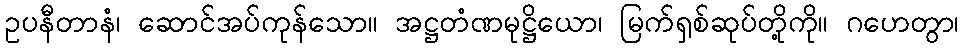
ဥပနီတာနံ၊ ဆောင်အပ်ကုန်သော။ အဋ္ဌတံဏမုဋ္ဌိယော၊ မြက်ရှစ်ဆုပ်တို့ကို။ ဂဟေတွာ၊